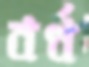
বর্ধ